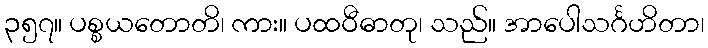
၃၅၇။ ပစ္စယတောတိ၊ ကား။ ပထဝီဓာတု၊ သည်။ အာပေါသင်္ဂဟိတာ၊